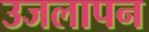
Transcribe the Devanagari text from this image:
उजलापन